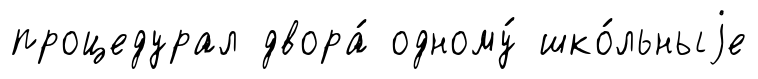
процедурал двора́ одному́ шко́льныjе